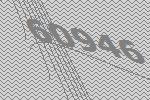
60946